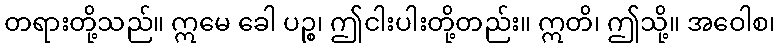
တရားတို့သည်။ ဣမေ ခေါ ပဉ္စ၊ ဤငါးပါးတို့တည်း။ ဣတိ၊ ဤသို့။ အဝေါစ၊